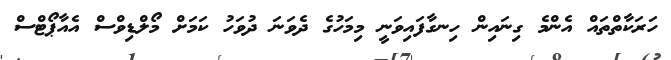
ހަރަކާތްތައް އެންމެ ގިނައިން ހިނގާފައިވަނީ މިމަހުގެ ދެވަނަ ދުވަހު ކަމަށް މޯލްޑިވްސް އެއާޕޯޓްސް